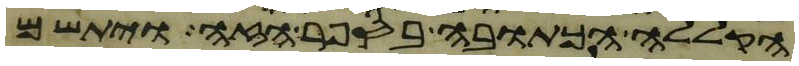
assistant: הקללה הכתובה בספר הזה ויתשם